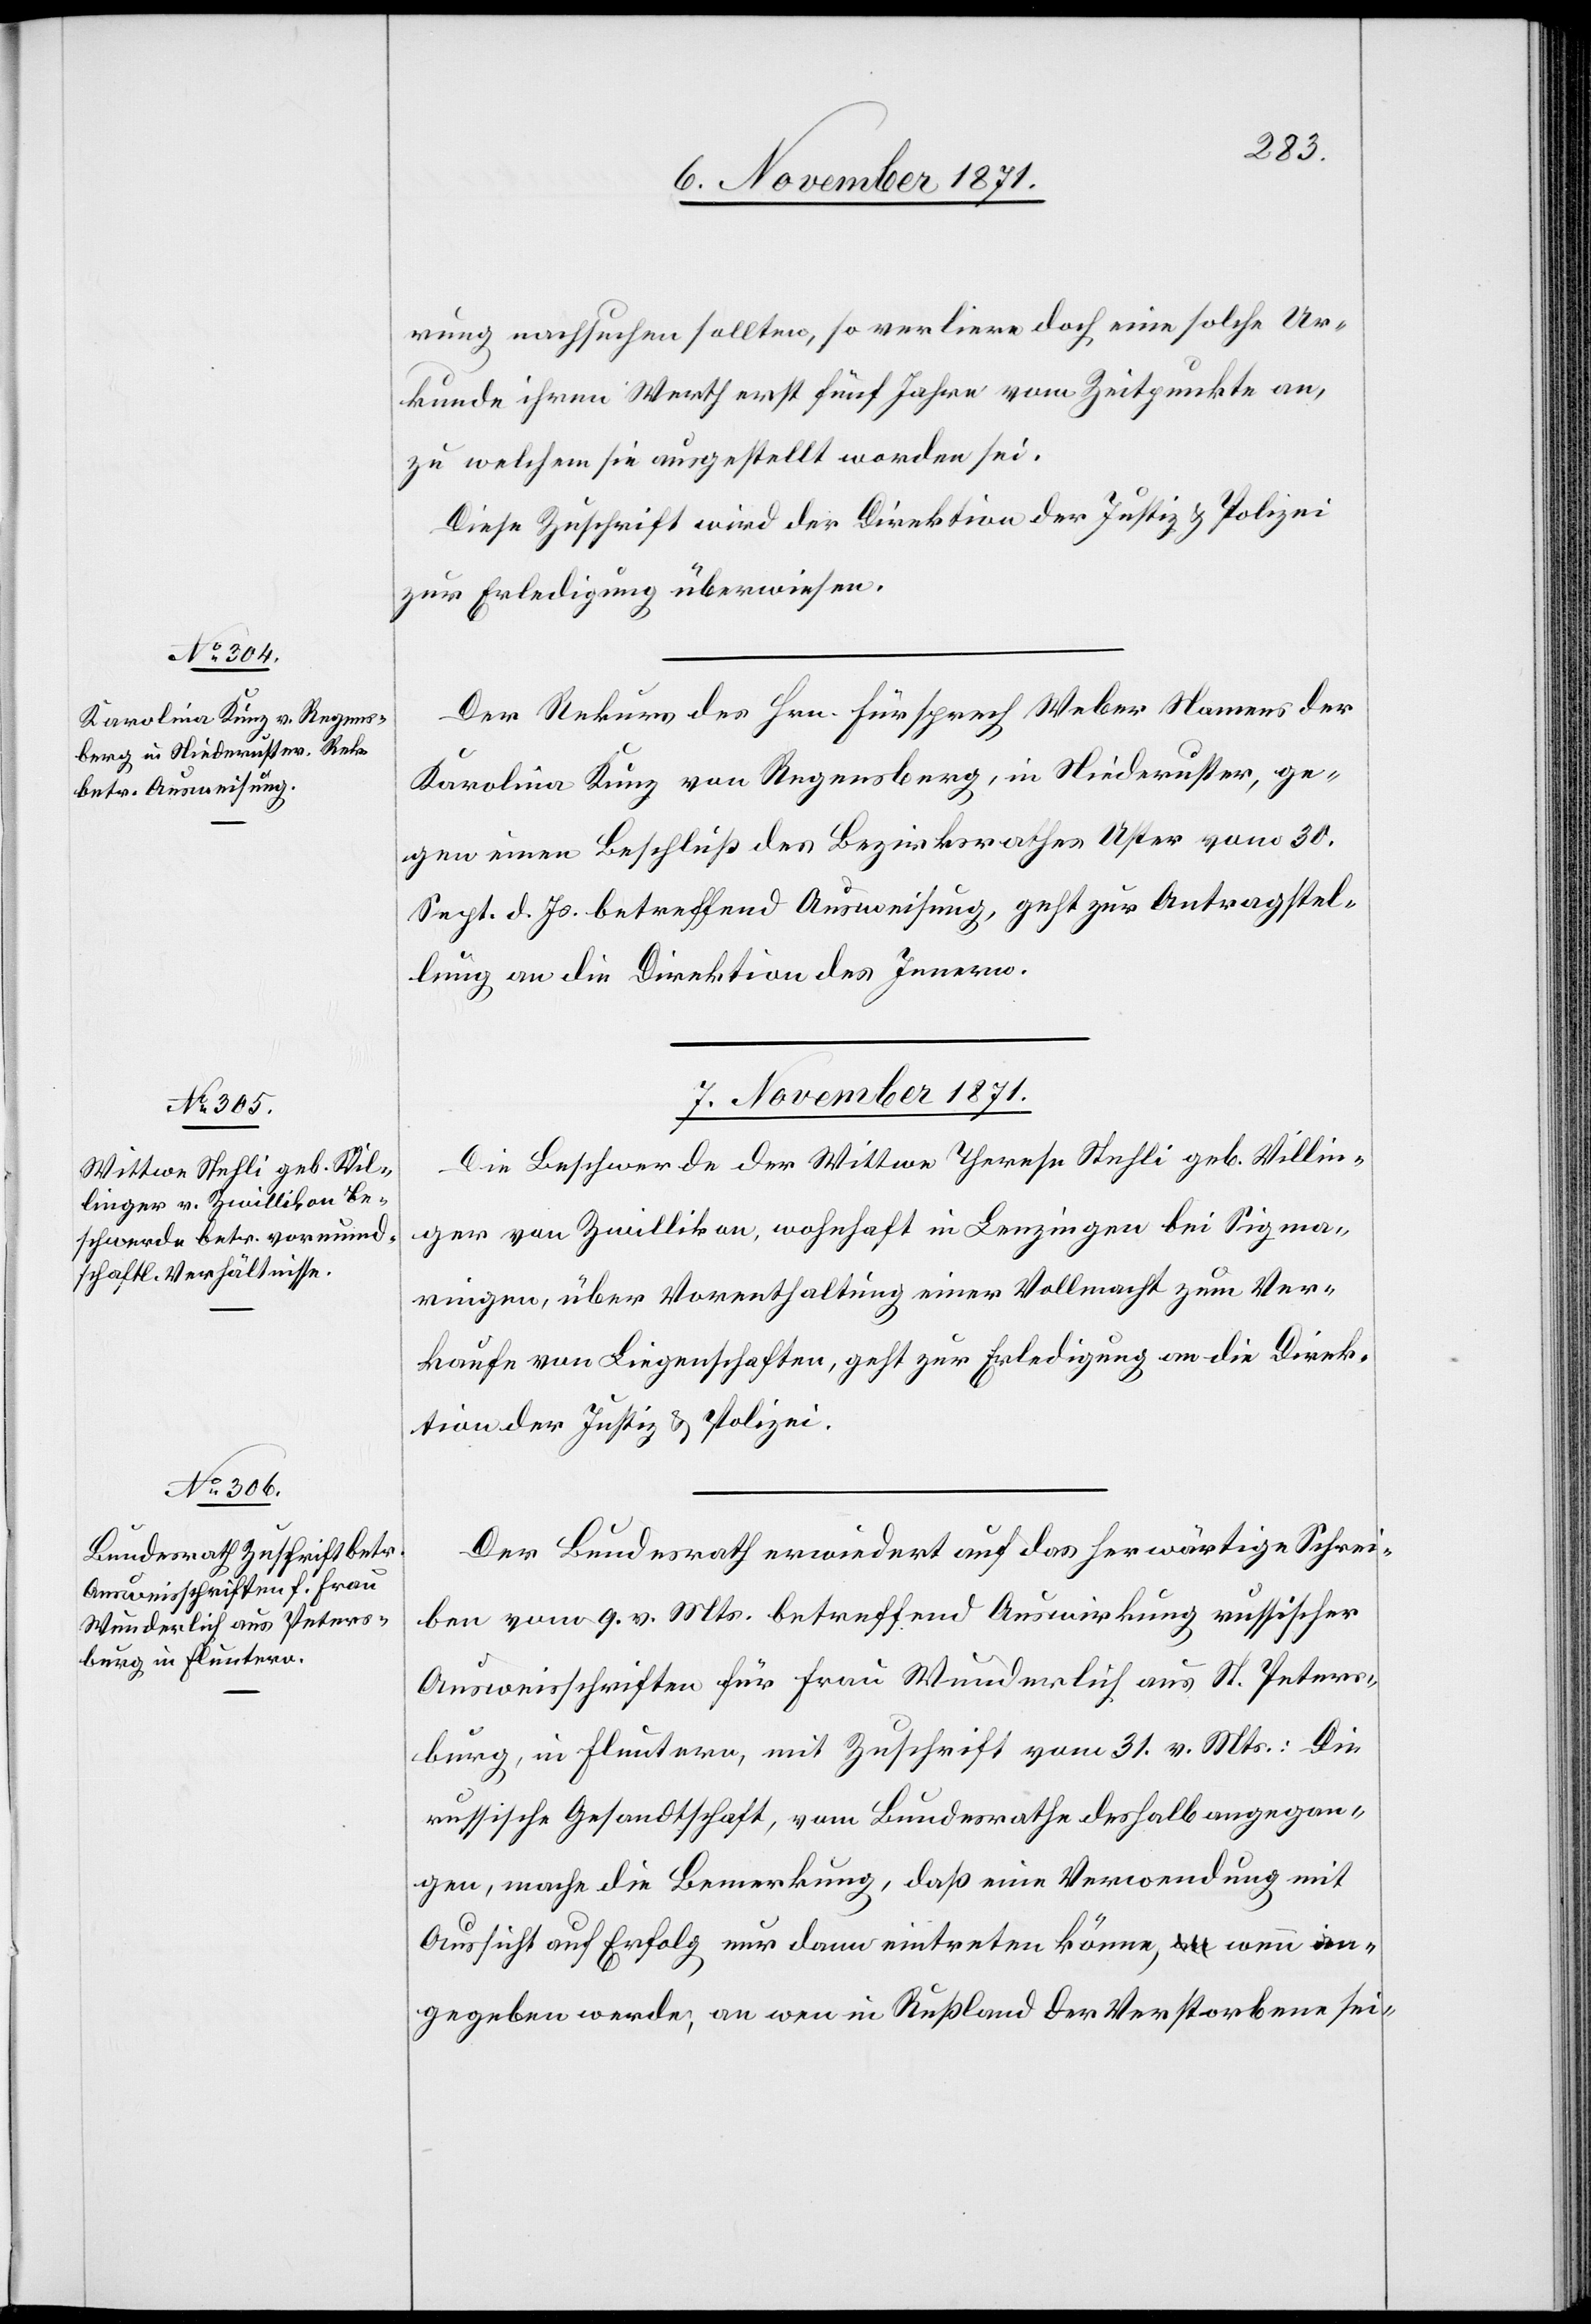
6. November 1871.]
rung nachsuchen sollten, so verliere doch eine solche Ur¬
kunde ihren Werth erst fünf Jahre nach Zeitpunkte an,
zu welchem sie ausgestellt worden sei.
Diese Zuschrift wird der Direktion der Justiz & Polizei
zur Erledigung überwiesen.
Der Rekurs des Hrn. Fürsprech Weber Namens der
Karolina Kunz von Regensberg, in Niederuster, ge¬
gen einen Beschluß des Bezirksrathes Uster vom 30.
Sept. d. Js. betreffend Ausweisung, geht zur Antragstel¬
lung an die Direktion des Innern.
7. November 1871.]
Die Beschwerde der Wittwe Therese Stehli geb. Villin¬
ger von Zwillikon, wohnhaft in Benzingen bei Sigma¬
ringen, über Vorenthaltung einer Vollmacht zum Ver¬
kaufe von Liegenschaften, geht zur Erledigung an die Direk¬
tion der Justiz & Polizei.
Der Bundesrath erwiedert auf das herwärtige Schrei¬
ben vom 9. v. Mts. betreffend Auswirkung russischer
Ausweisschriften für Frau Wunderlich aus St. Peters¬
burg, in Fluntern, mit Zuschrift vom 31. v. Mts.: Die
russische Gesandschaft, vom Bundesrathe deshalb angegan¬
gen, mache die Bemerkung, daß eine Verordnung mit
Aussicht auf Erfolg nur dann eintreten könne, wenn an¬
gegeben werde, an wen in Russland der Verstorbene sei-